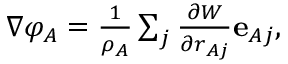
\begin{array} { r } { \nabla \varphi _ { A } = \frac { 1 } { \rho _ { A } } \sum _ { j } \frac { \partial W } { \partial r _ { A j } } \mathbf { e } _ { A j } , } \end{array}